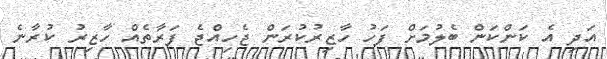
އަދި އެ ކަންކަން ބެލުމަށް ފަހު ހާޒިރުކުރަން ޖެހިއްޖެ ފަރާތެއް ހާޒިރު ކުރާނެ